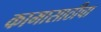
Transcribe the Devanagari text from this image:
कामासाठीचा